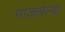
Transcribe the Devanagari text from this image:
गांजलेल्या